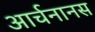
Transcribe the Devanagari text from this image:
आर्चनानस